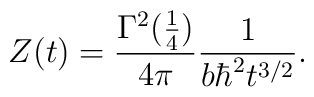
Z(t) = {\Gamma^2({1\over4}) \over 4 \pi}{1\over b \hbar^2 t^{3/2}}.